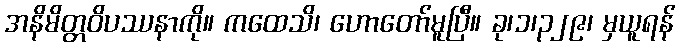
အနိမိတ္တဝိပဿနာကို။ ကထေသိ၊ ဟောတော်မူပြီ။ ခု၊၁၊၃၂၉၊ မှယူရန်